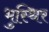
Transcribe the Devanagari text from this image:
भुस्थिर